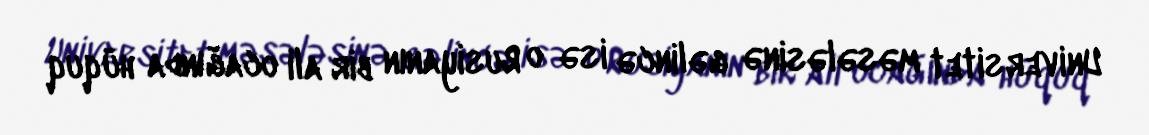
Universitet məsələsinə gəlincə isə o Rusiyanın bir ali ocağında hüquq